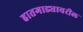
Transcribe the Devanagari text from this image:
हातगाड्यावरील